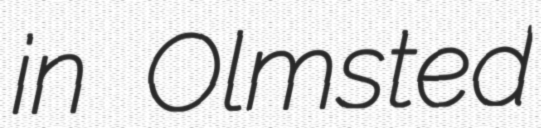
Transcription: in Olmsted